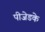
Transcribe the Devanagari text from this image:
पीजेडके